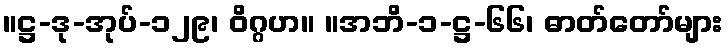
။ဋ္ဌ-ဒု-အုပ်-၁၂၉၊ ဝိဂ္ဂဟ။ ။အဘိ-၁-ဋ္ဌ-၆၆၊ ဓာတ်တော်များ